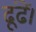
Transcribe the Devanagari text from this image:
ढूंढें।